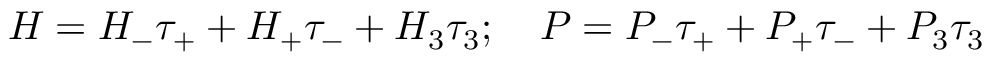
H = H _ { - } \tau _ { + } + H _ { + } \tau _ { - } + H _ { 3 } \tau _ { 3 } ; \quad P = P _ { - } \tau _ { + } + P _ { + } \tau _ { - } + P _ { 3 } \tau _ { 3 }